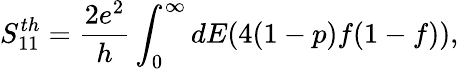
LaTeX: {S_{11}^{th}=\frac{2e^{2}}{h}\int_{0}^{\infty}dE(4(1-p)f(1-f)),}